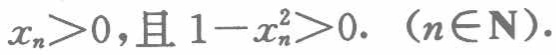
\(x_{n}>0，且1 - x_{n}^{2}>0.（n\in\mathbf{N}）\)